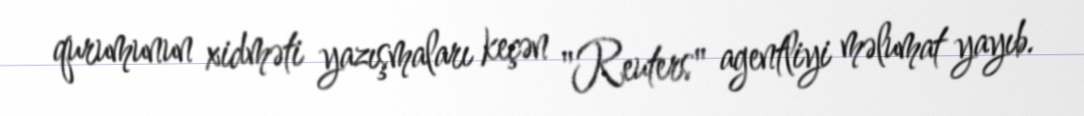
qurumunun xidməti yazışmaları keçən "Reuters" agentliyi məlumat yayıb.